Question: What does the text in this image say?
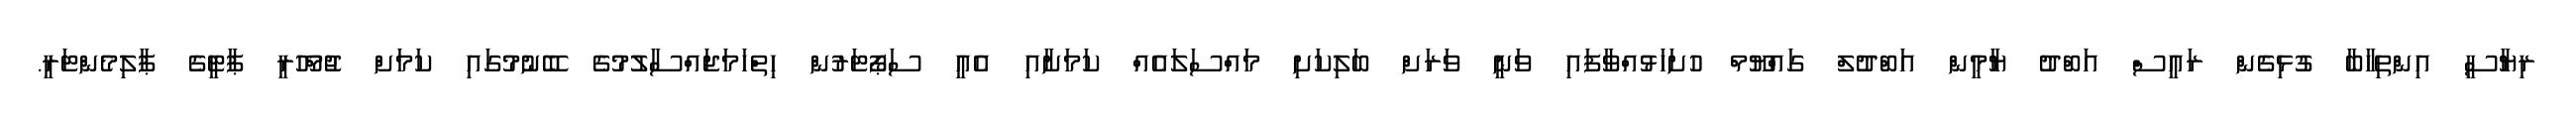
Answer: ރިޔާސީ އިންތިހާބާ ގުޅިގެން ރައީސް އަބްދު ޔާމީން އަބްދުލް ގައްޔޫމް ހުށަހަޅުއްވާފައި ވަނީ ވަރަށް ބަލިކަށި މައްސަލައެއް ކަމަށާއި އެއީ ސަޕޯޓަރުން ހިތްހަމަޖައްސާލުމުގެ ބޭނުމުގައި ކަމަށް ޖުމްހޫރީ ޕާޓީގެ ޕާލިމެންޓަރީ.